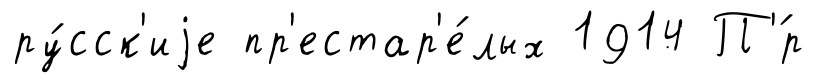
ру́сск'иjе пр'естар'е́лых 1914 П'́р